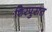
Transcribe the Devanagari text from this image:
शिरपुरात